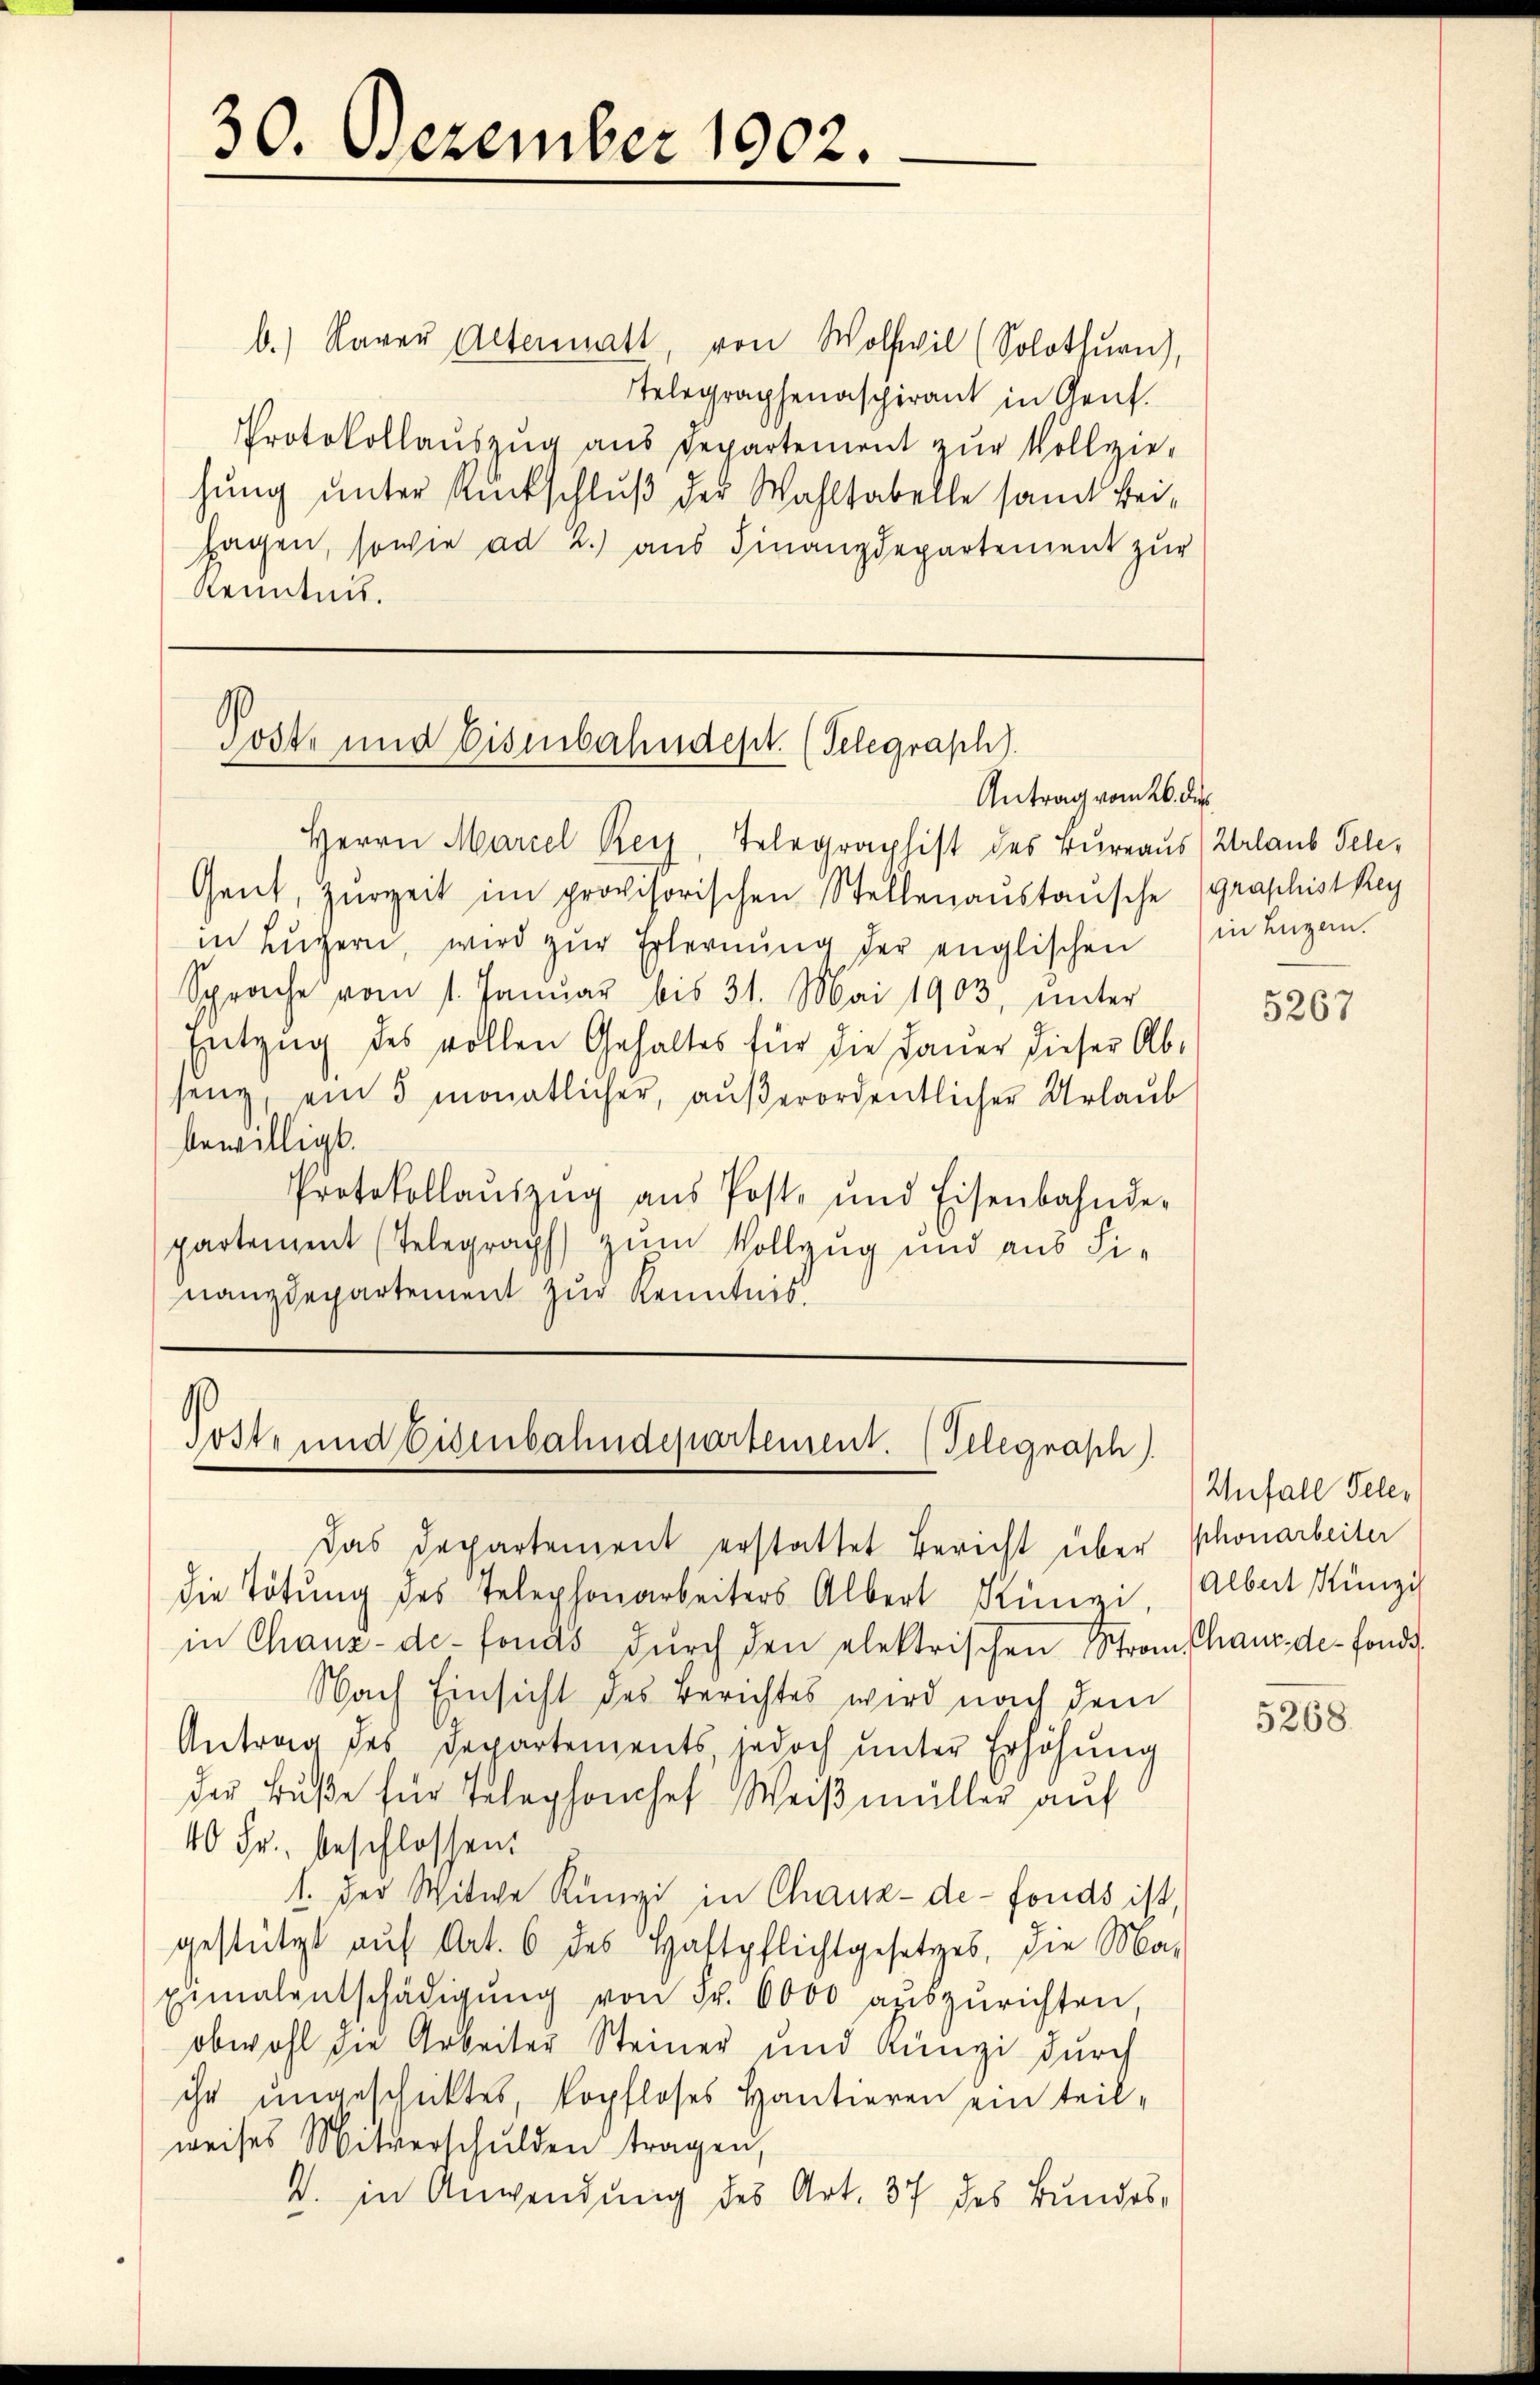
30. Dezember 1902.

b.) Raver Altermatt, von Wolfwil (Solothurn),
Telegraphenaspirant in Genf.
Protokollauszug aus Departement zur Vollziehung unter Rückschluß der Wahlhabelle samt beisagen, sowie ad 2.) aus Finanzdepartement zur
kenntnis.

Post- und Eisenbahndept. (Telegraph).
Antrag vom 26. die

Herrn Marcel Rey, Telegraphist des Bureaus Urlaub Tele¬
Gent, Herzeit im provisorischen Stellenaŭstaŭsche (graphistkey
in Lŭzern, wird zŭr Erlernŭng der englischen in Luzern.
Sprache vom 1. Januar bis 31. Mai 1903, ŭnter
Entzug des vollen Gehaltes für die Daŭer dieser Ab-
seng, ein 3 monatlicher, aŭβerordentlicher Urlaub
bewilligt.
Protokollaŭszŭg aŭs Post- und Eisenbahnde-
partement (Telegraph zum Vollzug und aus Sinanzdepartement zur Kenntnis.

die Tötung des Telephonarbeiters Albert Rünzi,
in Chaux-de-Fonds dŭrch den elektrischen Stranschaus de fonds,
Nach Einsicht des Berichtes wird nach dem
Antrag des Departements, jedoch unter Erhöhung
der Buße für Telephonchef Weißmüller auf
40 Fr. beschlossen.
1. der Witwe Künzi in Chaux-de-Fonds ist,
gestützt aŭf Art. 6 des Haftpflichtgesetzes, die Ma-
Einalentschädigŭng von Fr. 6000 aŭszŭrichten,
obwohl die Arbeiter Steiner und Küngi durch
ihr ungeschicktes, kopfloses Hantieren ein teil-
weises Mitverschulden tragen,
V. in Anwendung des Art. 37 des Bundes-

Toste und Eisenbahndepartement. (Telegrasch)
Das Departement erstattet Bericht über Phonarbeiter

5267

Unfall Peler
Albert Künzi

5268.